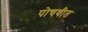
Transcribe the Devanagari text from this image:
पोचवीत